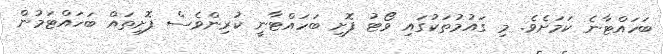
ބަހައްޓާނެ ކަމަށެވެ. މި ގައުމުތަކުގައި ވޯޓު ފޮށި ބަހައްޓާނީ ކުރިންވެސް ފޮށިތައް ބަހައްޓަމުން